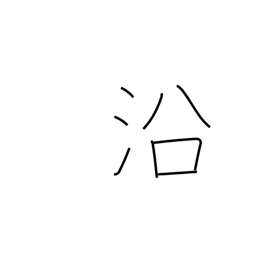
Meaning: lie along